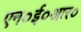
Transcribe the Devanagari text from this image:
एन०ई०आर०